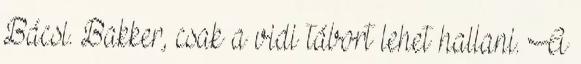
Bácsi. Bakker, csak a vidi tábort lehet hallani. A